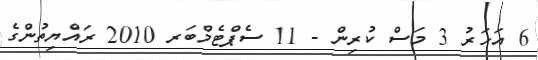
6 އަހަރު 3 މަސް ކުރިން - 11 ސެޕްޓެމްބަރ 2010 ރައްޔިތުންގެ